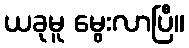
ယခုမူ မွေးလာပြီ။